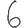
Digit: 6